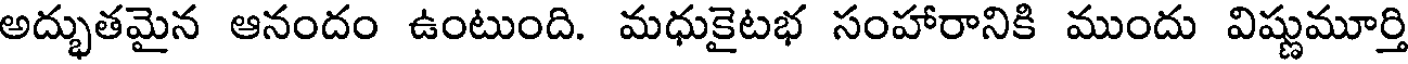
అద్భుతమైన ఆనందం ఉంటుంది. మధుకైటభ సంహారానికి ముందు విష్ణుమూర్తి